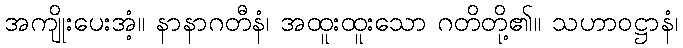
အကျိုးပေးအံ့။ နာနာဂတီနံ၊ အထူးထူးသော ဂတိတို့၏။ သဟာဝဋ္ဌာနံ၊